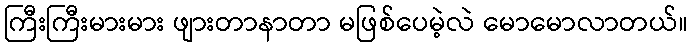
ကြီးကြီးမားမား ဖျားတာနာတာ မဖြစ်ပေမဲ့လဲ မောမောလာတယ်။